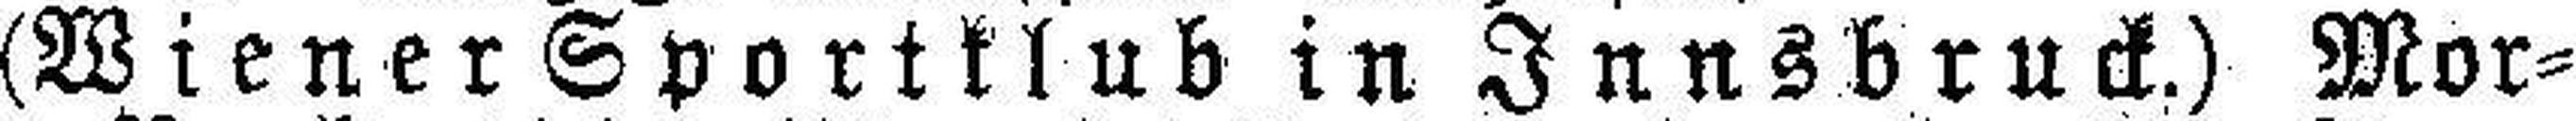
(Wiener Sportklub in Innsbruck.) Mor¬